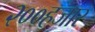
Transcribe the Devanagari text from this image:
२००हजार